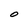
Character: O